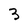
Character: 3